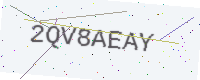
Text: 2QV8AEAY